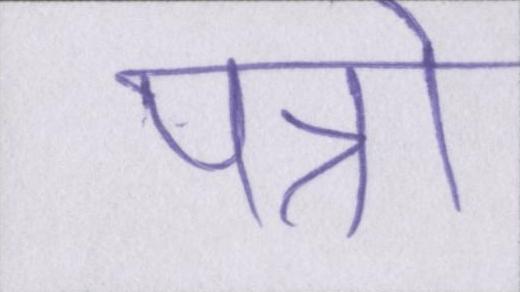
पत्रो